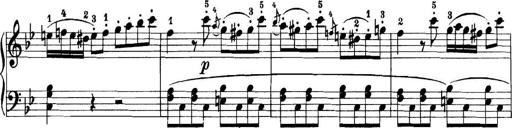
Title: 11 Sonatinas
Composer: Anton Diabelli